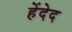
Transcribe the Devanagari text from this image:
हेंदेद